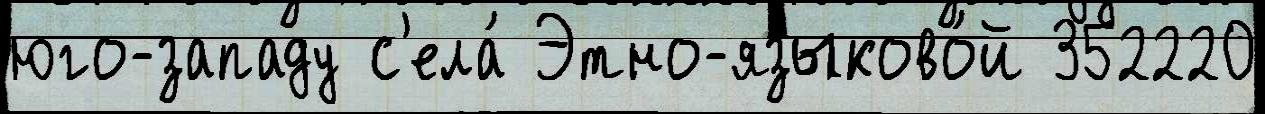
юго-западу с'ела́ Этно-языково́й 352220